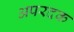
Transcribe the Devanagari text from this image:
अपरदक